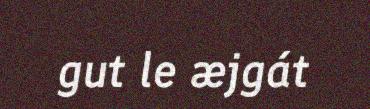
gut le æjgát